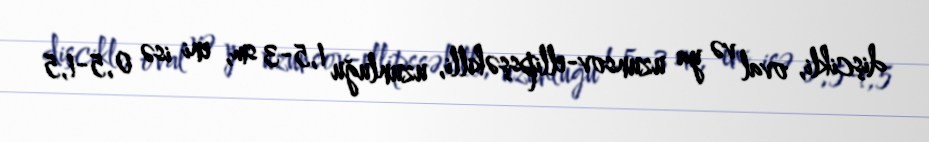
dişcikli, oval və ya uzunsov-ellipsşəkilli, uzunluğu 1,5-3 sm, eni isə 0,5-1,5